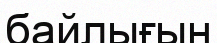
байлығын